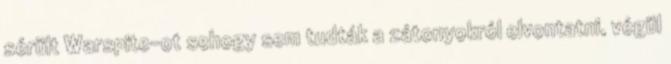
sérült Warspite-ot sehogy sem tudták a zátonyokról elvontatni, végül